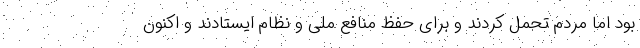
بود اما مردم تحمل کردند و برای حفظ منافع ملی و نظام ایستادند و اکنون